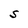
Character: S